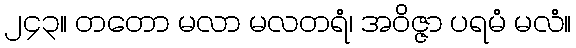
၂၄၃။ တတော မလာ မလတရံ၊ အဝိဇ္ဇာ ပရမံ မလံ။